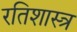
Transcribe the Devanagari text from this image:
रतिशास्त्र